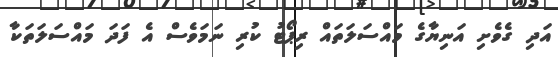
އަދި ގެވެށި އަނިޔާގެ މައްސަލަތައް ރިޕޯޓު ކުރި ނަމަވެސް އެ ފަދަ މައްސަލަތަކާ